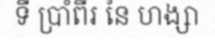
ទី ប្រាំពីរ នៃ ហង្សា